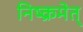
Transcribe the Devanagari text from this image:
निष्क्रमेत्